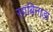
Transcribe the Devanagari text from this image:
साबिनाडा